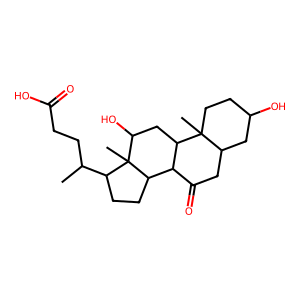
SMILES: CC(CCC(=O)O)C1CCC2C3C(=O)CC4CC(O)CCC4(C)C3CC(O)C12C
Inhibits HIV replication: No